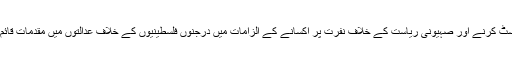
فلسطینی شہریوں کو فیس بک پر اسرائیل کے خلاف مواد پوسٹ کرنے اور صہیونی ریاست کے خلاف نفرت پر اکسانے کے الزامات میں درجنوں فلسطینیوں کے خلاف عدالتوں میں مقدمات قائم کیے گئے اور انہیں کئی کئی ماہ قید کی سزائیں سنائی گئیں۔